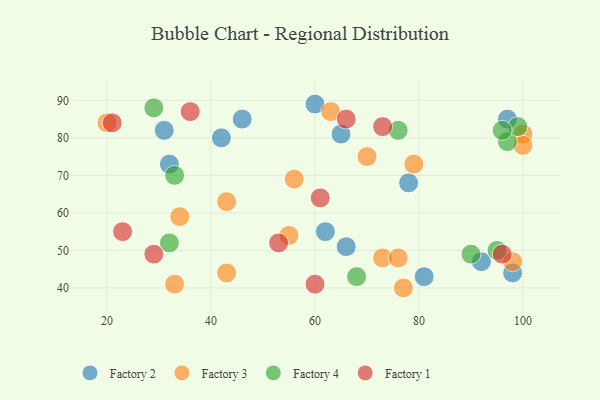
{"axis": {"x": "GDP", "y": "Life Expectancy"}, "legend": ["Factory 1", "Factory 2", "Factory 3", "Factory 4"], "data": [{"x": "32", "y": 73, "type": "Factory 2"}, {"x": "98", "y": 44, "type": "Factory 2"}, {"x": "92", "y": 47, "type": "Factory 2"}, {"x": "81", "y": 43, "type": "Factory 2"}, {"x": "31", "y": 82, "type": "Factory 2"}, {"x": "66", "y": 51, "type": "Factory 2"}, {"x": "78", "y": 68, "type": "Factory 2"}, {"x": "42", "y": 80, "type": "Factory 2"}, {"x": "65", "y": 81, "type": "Factory 2"}, {"x": "97", "y": 85, "type": "Factory 2"}, {"x": "60", "y": 89, "type": "Factory 2"}, {"x": "46", "y": 85, "type": "Factory 2"}, {"x": "62", "y": 55, "type": "Factory 2"}, {"x": "100", "y": 81, "type": "Factory 3"}, {"x": "43", "y": 44, "type": "Factory 3"}, {"x": "98", "y": 47, "type": "Factory 3"}, {"x": "73", "y": 48, "type": "Factory 3"}, {"x": "20", "y": 84, "type": "Factory 3"}, {"x": "63", "y": 87, "type": "Factory 3"}, {"x": "33", "y": 41, "type": "Factory 3"}, {"x": "100", "y": 78, "type": "Factory 3"}, {"x": "55", "y": 54, "type": "Factory 3"}, {"x": "76", "y": 48, "type": "Factory 3"}, {"x": "34", "y": 59, "type": "Factory 3"}, {"x": "77", "y": 40, "type": "Factory 3"}, {"x": "56", "y": 69, "type": "Factory 3"}, {"x": "43", "y": 63, "type": "Factory 3"}, {"x": "70", "y": 75, "type": "Factory 3"}, {"x": "79", "y": 73, "type": "Factory 3"}, {"x": "76", "y": 82, "type": "Factory 4"}, {"x": "97", "y": 79, "type": "Factory 4"}, {"x": "32", "y": 52, "type": "Factory 4"}, {"x": "95", "y": 50, "type": "Factory 4"}, {"x": "99", "y": 83, "type": "Factory 4"}, {"x": "96", "y": 82, "type": "Factory 4"}, {"x": "90", "y": 49, "type": "Factory 4"}, {"x": "33", "y": 70, "type": "Factory 4"}, {"x": "68", "y": 43, "type": "Factory 4"}, {"x": "29", "y": 88, "type": "Factory 4"}, {"x": "29", "y": 49, "type": "Factory 1"}, {"x": "53", "y": 52, "type": "Factory 1"}, {"x": "23", "y": 55, "type": "Factory 1"}, {"x": "66", "y": 85, "type": "Factory 1"}, {"x": "60", "y": 41, "type": "Factory 1"}, {"x": "73", "y": 83, "type": "Factory 1"}, {"x": "21", "y": 84, "type": "Factory 1"}, {"x": "61", "y": 64, "type": "Factory 1"}, {"x": "36", "y": 87, "type": "Factory 1"}, {"x": "96", "y": 49, "type": "Factory 1"}]}